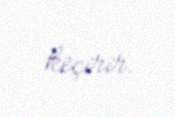
keçirir.